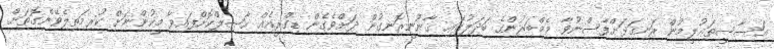
އަސާސީތަޢުލީމުން ރަނގަޅަށްފާސްނުވާ މެމްބަރުންގެ ބަދަލުގައި ޤާނޫނީރޮނގުން ދަށްވެގެން ޑިގްރީއެއް ޙާޞިލްކޮށްފައިވާ މީހުންނަށް ކުރިމަތިލެވޭނެގޮތަށް